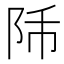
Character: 𨸴